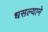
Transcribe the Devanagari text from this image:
धसल्याने